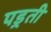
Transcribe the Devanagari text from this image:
पड़्ती